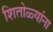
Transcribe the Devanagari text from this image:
शितोळ्यांना